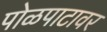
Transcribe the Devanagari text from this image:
पोळपाटावर